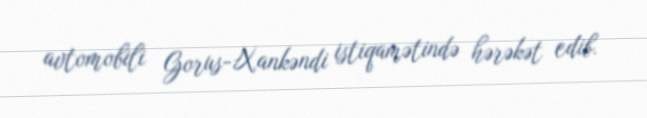
avtomobili Gorus-Xankəndi istiqamətində hərəkət edib.